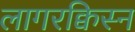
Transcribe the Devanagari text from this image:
लागरक्विस्न